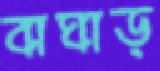
বাঘাড়